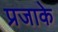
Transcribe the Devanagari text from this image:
प्रजाके